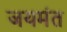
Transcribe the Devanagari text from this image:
जयमंत